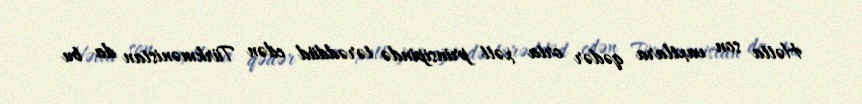
Hətta son vaxtlara qədər orta xətt prinsipində tərəddüd edən Türkmənistan da bu